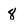
Character: 8